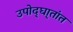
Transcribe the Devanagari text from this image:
उपोद्‌घा्तांत